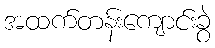
အထက်တန်းကျောင်းခွဲ